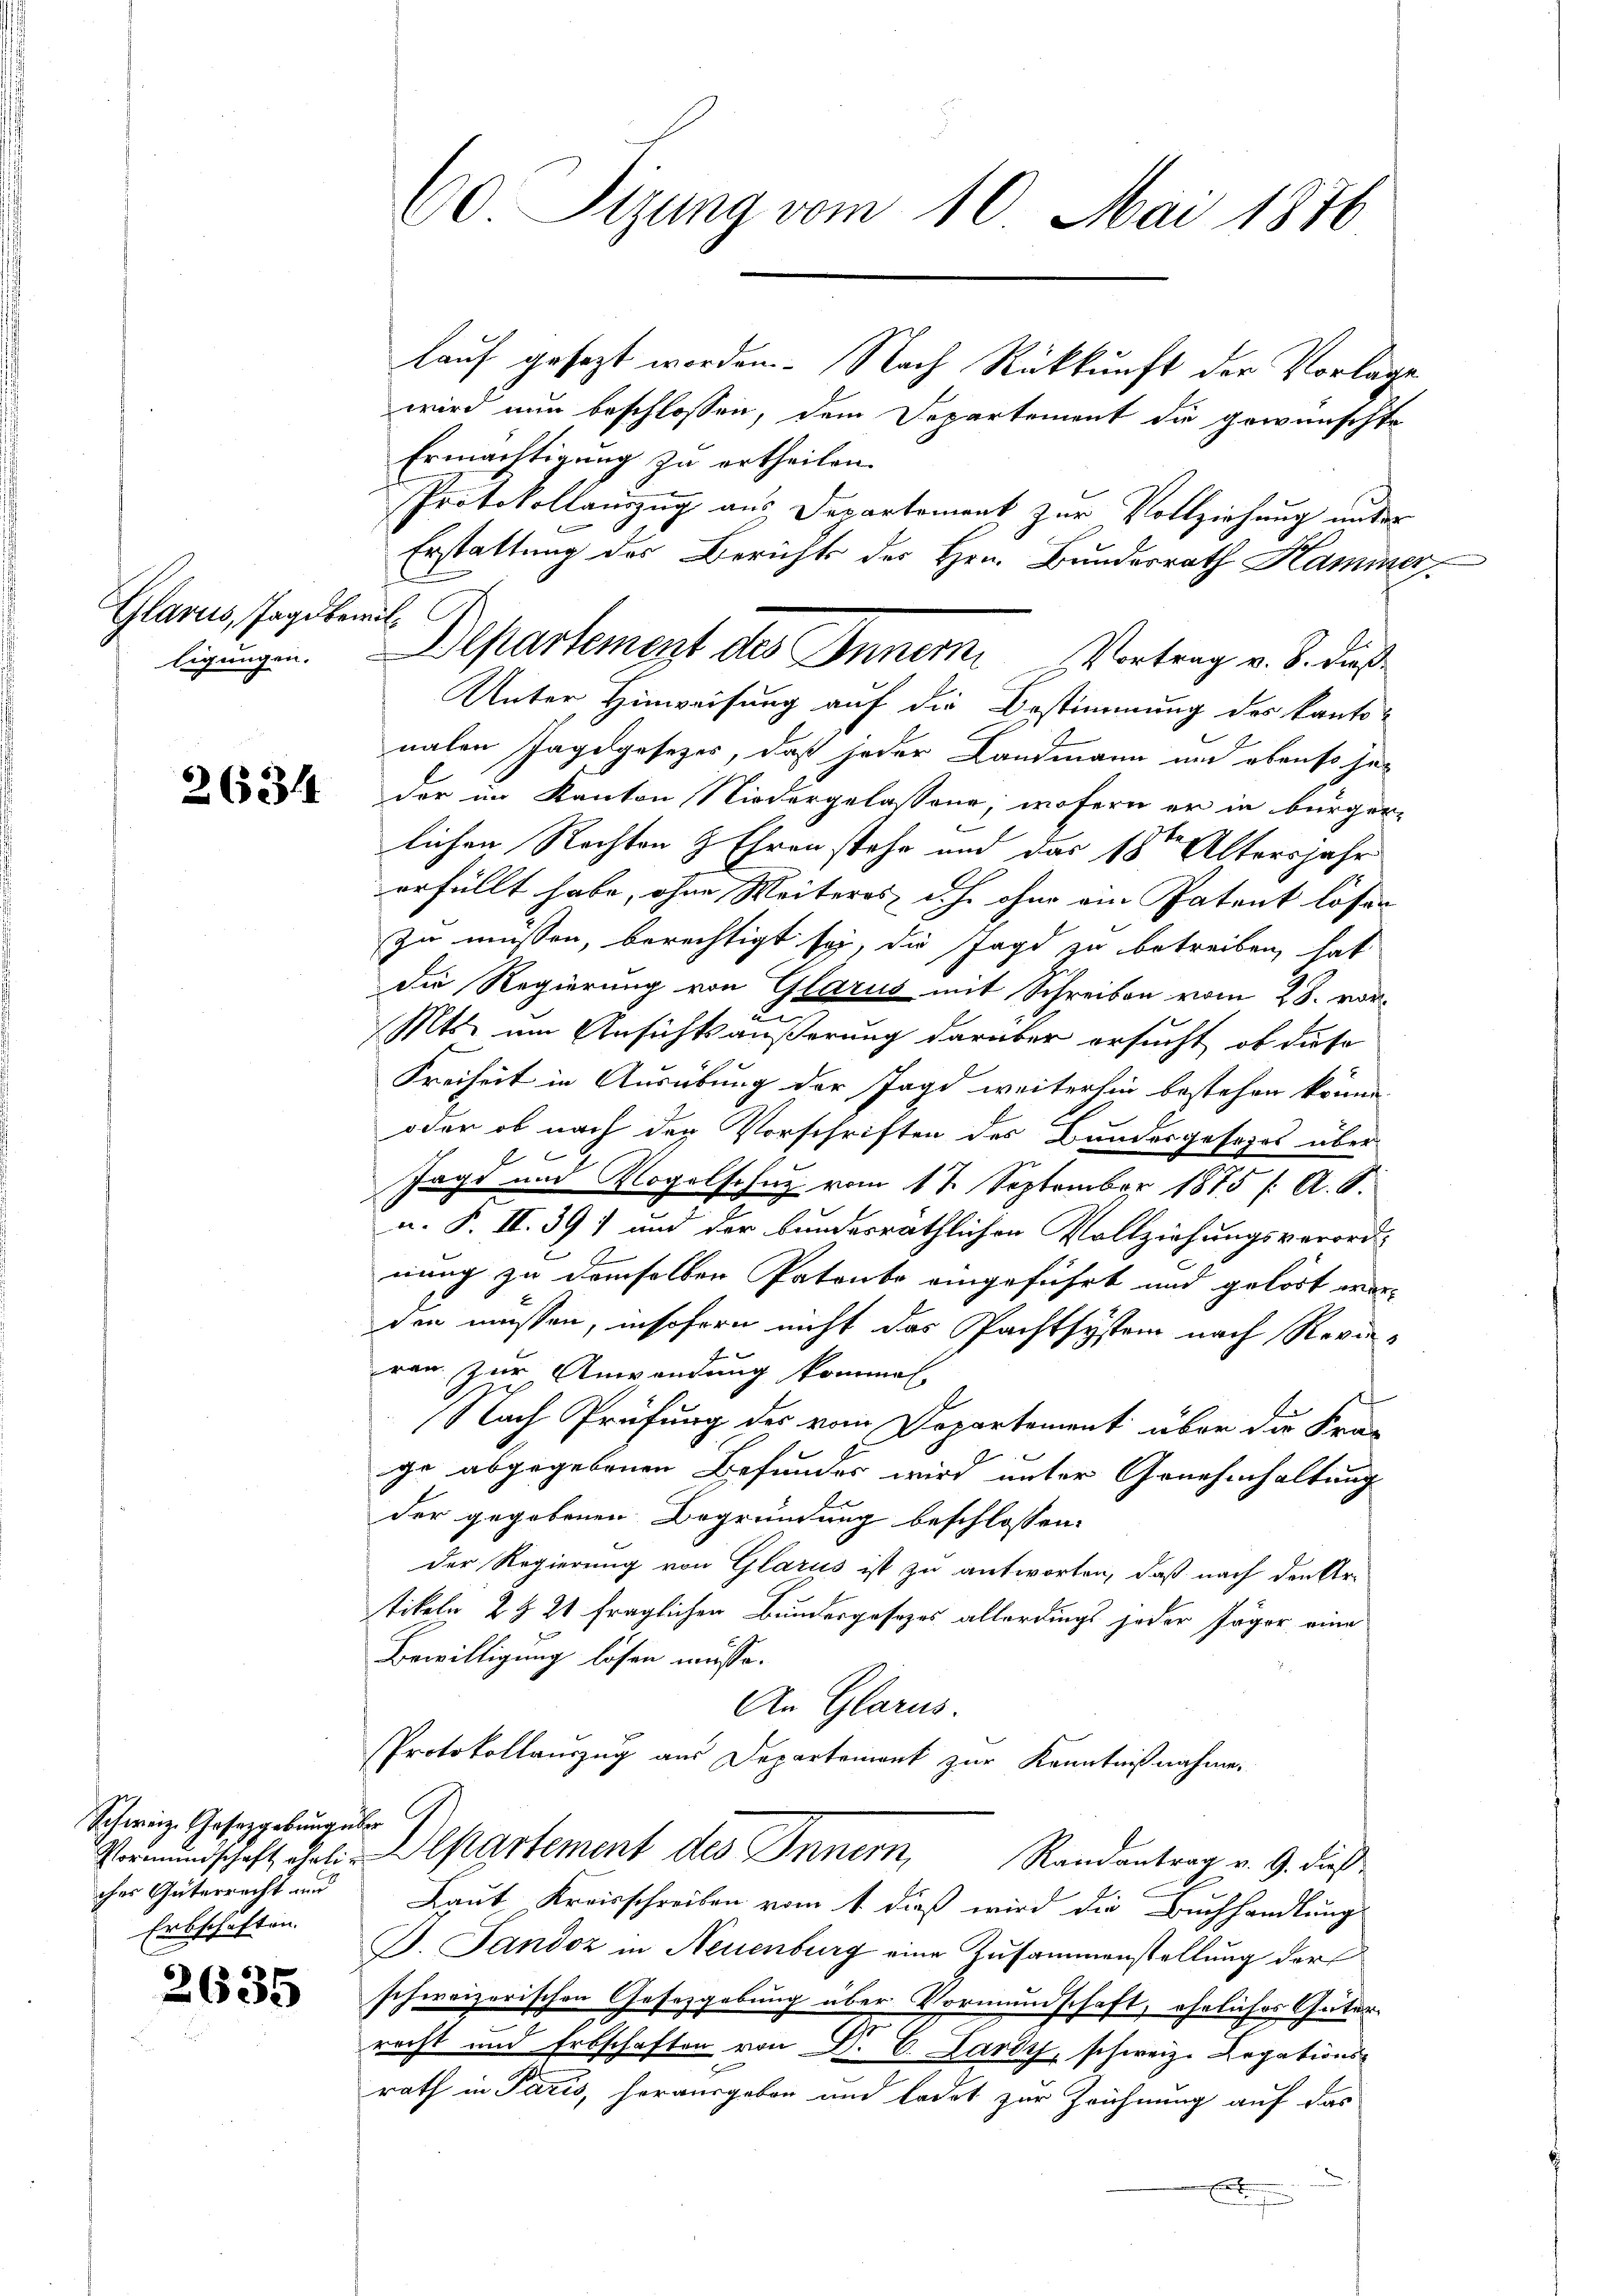
Glarus, Jagd bewilligungen.

2634

Schweiz. Gesetzgebung über G
ches Güterrecht und
Erbschäften.

2635

60 Sizung vom 10. Mai 1876

lauf gesezt worden. Nach Rückkunft der Vorlage
wird nun beschlossen, dem Departement die gewünschte
Ermächtigung zu ertheilen.
Protokollauszug aus Departement zur Vollziehung unter
Erstattung des Berichts des Hrn. Bundesrath Hammer
Unter Hinweisung auf die Bestimmung des kanto-
nalen Jagdgesetzes, daß jeder Landmann und ebenso heder im Kanton Niedergelassen, wofern er in bürger-
lichen Rechten & Ehren stehe und das 18ten Altersjahr
erfüllt habe, ohne Weiteres ich ohne ein Patent lösen
zu müssen, berechtigt sey, die Jagd zu betreiben, hat
die Regierung von Glarus mit Schreiben vom 28. vor
Mts. um Ansichtsäußerung darüber ersucht, ob diese
Freiheit in Ausübung der Jagd weiterhin bestehen könne.
oder ob nach den Vorschriften des Bundesgesezes über
Jagd und Vogelschuz vom 1 t September 1875 /: A. S.
u. F. II. 391 und der bundesräthlichen Vollziehungsverord-
.
nung zu demselben Patente eingeführt und gelöst werden müssen, insofern nicht das Pachtsystem nach Revieren zur Anwendung kommen.
Nach Prüfung der vom Departement über die Fra-

ge abgegebenen Befundes wird unter Genehmhaltung
der gegebenen Begründung beschlossen:
der Regierung von Glarus ist zu antworten, daß nach den Ar-
tikeln, 2 § 21 fraglichen Bundesgesezes allerdings jeder Jäger eine
Bewilligung losen müsse.
An Glarus.
Protokollauszug aus Departement zur Kenntnißnahme.
Vormundschaft geli a partement des Innern, Randantrag v. 9. dieß¬
Laut Kreisschreiben vom 1. dieß wird die Buchhandlungs
B. Fandoz in Neuenburg eine Zusammenstellung der
schweizerischen Gesetzgebung über Vormundschaft, eheliches Güter-
recht und Erbschaften von Dr. C. Lardy, schweiz. Legations-
.
rath in Paris, herausgeben und ladet zur Zeichnung auf das
x

Departement des Inner Vortrag v. 8. dieß